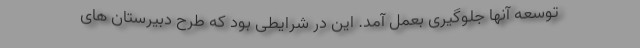
توسعه آنها جلوگیری بعمل آمد. این در شرایطی بود که طرح دبیرستان های